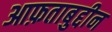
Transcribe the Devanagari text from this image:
आफ़ताबुद्दीन